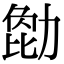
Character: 𠢒